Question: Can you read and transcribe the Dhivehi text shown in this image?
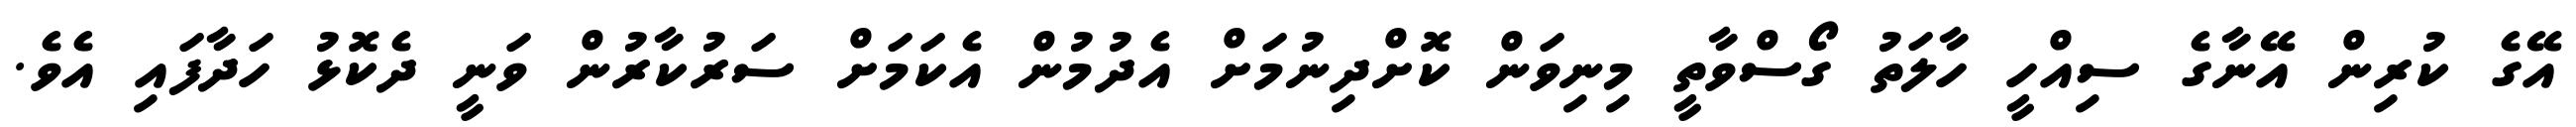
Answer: އޭގެ ކުރިން އޭނާގެ ސިއްހީ ހާލަތު ގޯސްވާތީ މިނިވަން ކޮށްދިނުމަށް އެދުމުން އެކަމަށް ސަރުކާރުން ވަނީ ދެކޮޅު ހަދާފައި އެވެ.